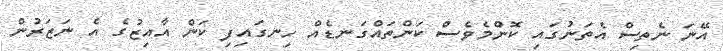
އޭނަ ނެތިސް އެތަނުގައި ކޮންމެވެސް ކަންތައްގަނޑެއް ހިނގައިފި ކަން އާއިޒުގެ އެ ނަޒަރުން